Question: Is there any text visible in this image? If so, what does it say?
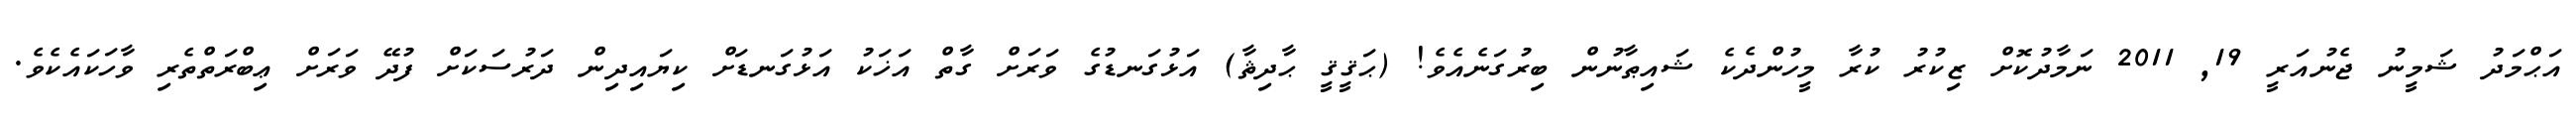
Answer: އަޙްމަދު ޝަމީނު ޖެނުއަރީ 19, 2011 ނަމާދުކޮށް ޒިކުރު ކުރާ މީހުންދެކެ ޝައިޠާނުން ބިރުގަނެއެވެ! (ޙަޤީޤީ ޙާދިޘާ) އަޅުގަނޑުގެ ވަރަށް ގާތް އަޚަކު އަޅުގަނޑަށް ކިޔައިދިން ދަރުސަކަށް ފުދޭ ވަރަށް ޢިބްރަތްތެރި ވާހަކައެކެވެ.